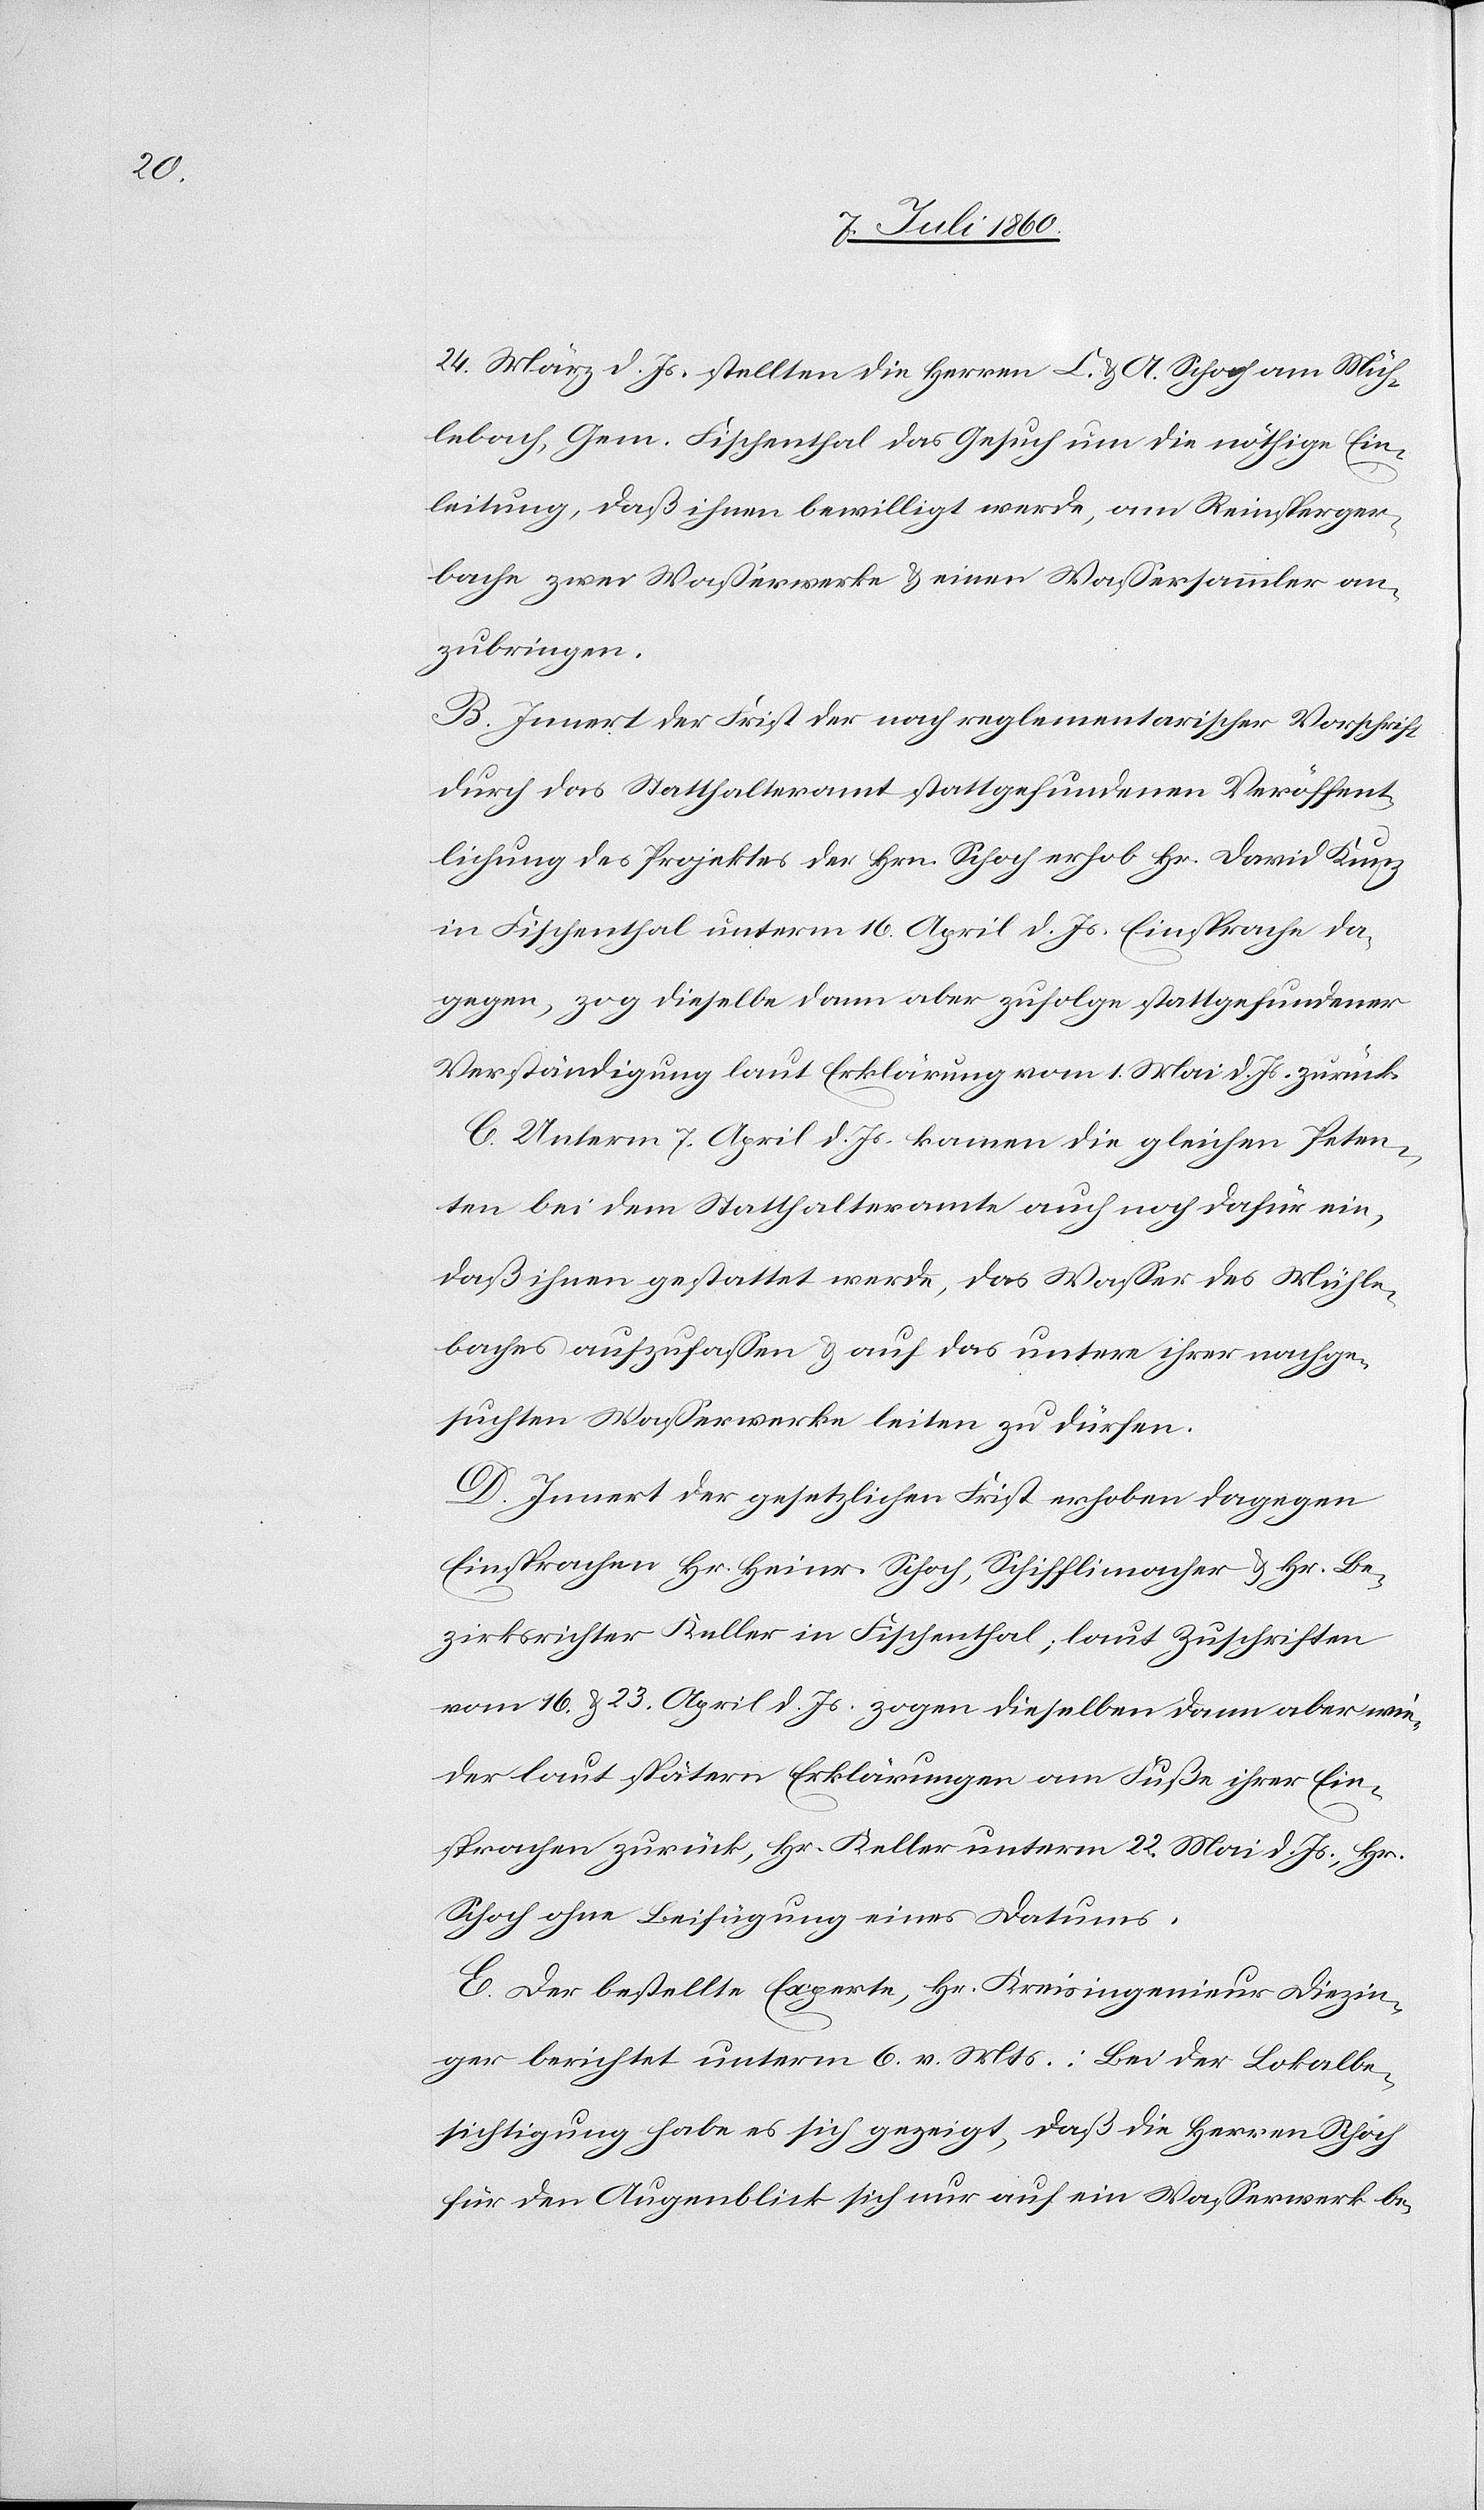
24. März d. Js. stellten die Herren C. & A. Schoch am Müh¬
lebach, Gem. Fischenthal das Gesuch um die nöthige Ein¬
leitung, daß ihnen bewilligt werde, am Reinsperger¬
bache 2 Waßerwerke & einen Wassersammler an¬
zubringen.
B. Innert der Frist der nach reglementarischer Vorschrift
durch das Statthalteramt stattgefundenen Veröffent¬
lichung des Projektes der Hrn. Schoch erhob Hr. David Kunz
in Fischenthal unterm 16. April d. Js. Einsprache da¬
gegen, zog dieselbe dann aber zufolge stattgefundener
Verständigung laut Erklärung vom 1. Mai d. Js. zurück.
C. Unterm 7. April d. Js. kamen die gleichen Peten¬
ten bei dem Statthalteramte auch noch dafür ein,
daß ihnen gestattet werde, das Wasser des Mühle¬
baches aufzufassen & auf das untere ihrer nachge¬
suchten Wasserwerke leiten zu dürfen.
D. Innert der gesetzlichen Frist erhoben dagegen
Einsprachen Hr. Heinr. Schoch, Schifflimacher &. Hr. Be¬
zirksrichter Keller in Fischenthal; laut Zuschriften
vom 16. & 23. April d. Js. zogen dieselben dann aber wie¬
der laut spätern Erklärungen am Fuße ihrer Ein¬
sprachen zurück, Hr. Keller unterm 22. Mai d. Js., Hr.
Schoch ohne Beifügung eines Datums.
E. Der bestellte Experte, Hr. Kreisingenieur Diezin¬
ger berichtet unterm 6. v. Mts.: Bei der Lokalbe¬
sichtigung habe es sich gezeigt, daß die Herren Schoch
für den Augenblick sich nur auf ein Wasserwerk be-